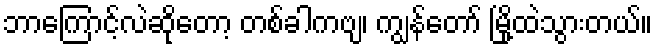
ဘာကြောင့်လဲဆိုတော့ တစ်ခါကဗျ၊ ကျွန်တော် မြို့ထဲသွားတယ်။